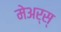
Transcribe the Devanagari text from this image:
मेअर्स्